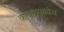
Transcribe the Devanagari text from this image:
कायद्याएवढेच